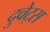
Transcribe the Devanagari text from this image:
दुवेट्स